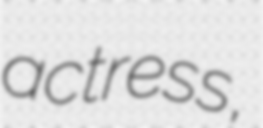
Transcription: actress,